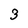
Character: 3